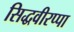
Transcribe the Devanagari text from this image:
सिद्धवीरप्पा